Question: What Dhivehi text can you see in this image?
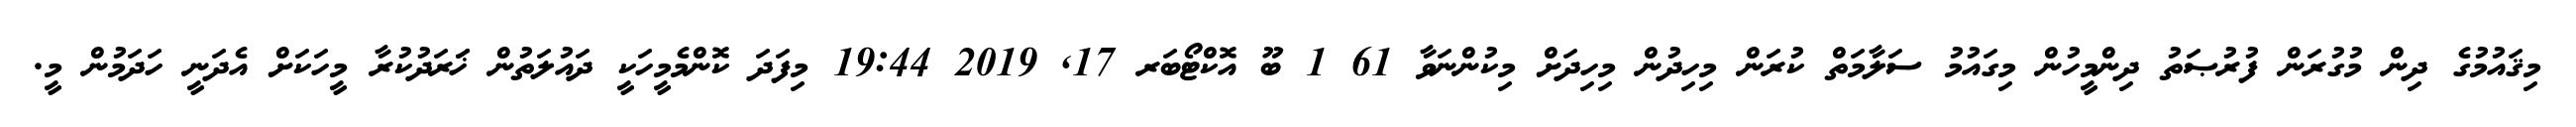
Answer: މިޤައުމުގެ ދިން މުގުރަން ފުރުޞަތު ދިންމީހުން މިގައުމު ސަލާމަތް ކުރަން މިހިދުން މިހިދަށް މިކުންނަވާ 61 1 ބޫ އޮކްޓޯބަރ 17, 2019 19:44 މިފަދަ ކޮންމެމީހަކީ ދައުލަތުން ޚަަރަދުކުރާ މީހަކަށް އެދަނީ ހަދަމުން މީ.